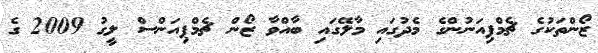
ޒޯންތަކުގެ ޗެމްޕިއަނުންގެ މެދުގައި މާލޭގައި ބާއްވާ ޒޯން ޗެމްޕިއަންސް ލީގު 2009 ގެ